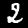
Digit: 2